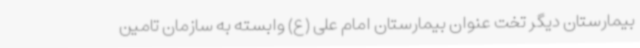
بیمارستان دیگر تخت عنوان بیمارستان امام علی (ع) وابسته به سازمان تامین